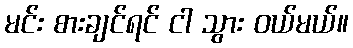
မင်း စားချင်ရင် ငါ သွား ဝယ်မယ်။